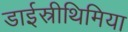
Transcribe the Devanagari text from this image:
डाईस्रीथिमिया